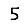
Digit: 5